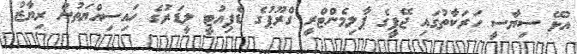
އުޅޭ ސިޔާސީ ހަރަކާތުގައި ޖޭޕީގެ ޕާލިމެންޓްރީ ގްރޫޕުގެ ޑެޕިއުޓީ ލީޑަރުގެ ހައިސިއްޔަތުން ރިޔާޒު